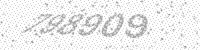
Solution: 798909